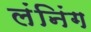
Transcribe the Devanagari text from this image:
लंनिंग